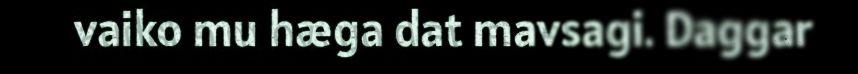
vaiko mu hæga dat mavsagi. Daggar